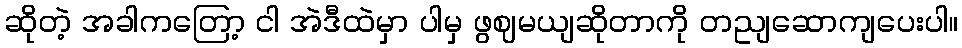
ဆိုတဲ့ အခါကတြော့ ငါ အဲဒီထဲမှာ ပါမှ ဖွဈမယျဆိုတာကို တညျဆောကျပေးပါ။